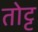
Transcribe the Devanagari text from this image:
तोट्ट